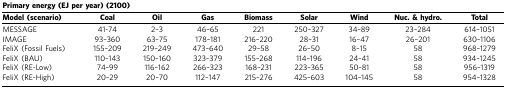
<table><thead><tr><td colspan="9"><b>Primary energy (EJper year) (2100)</b></td></tr><tr><td><b>Model (scenario)</b></td><td><b>Coal</b></td><td><b>Oil</b></td><td><b>Gas</b></td><td><b>Biomass</b></td><td><b>Solar</b></td><td><b>Wind</b></td><td><b>Nuc. &amp; hydro.</b></td><td><b>Total</b></td></tr></thead><tbody><tr><td>MESSAGE</td><td>41-74</td><td>2–3</td><td>46–65</td><td>221</td><td>250–327</td><td>34–89</td><td>23–284</td><td>614–1051</td></tr><tr><td>IMAGE</td><td>93–360</td><td>63–75</td><td>178–181</td><td>216–220</td><td>28–31</td><td>16–47</td><td>26–201</td><td>630–1106</td></tr><tr><td>FeliX (Fossil Fuels)</td><td>155–209</td><td>219–249</td><td>473–640</td><td>29–58</td><td>26–50</td><td>8–15</td><td>58</td><td>968–1279</td></tr><tr><td>FeliX (BAU)</td><td>110–143</td><td>150–160</td><td>323–379</td><td>155–268</td><td>114–196</td><td>24–41</td><td>58</td><td>934–1245</td></tr><tr><td>FeliX (RE-Low)</td><td>74–99</td><td>116–162</td><td>266–323</td><td>168–231</td><td>223–365</td><td>50–81</td><td>58</td><td>956–1319</td></tr><tr><td>FeliX (RE-High)</td><td>20–29</td><td>20–70</td><td>112–147</td><td>215–276</td><td>425–603</td><td>104–145</td><td>58</td><td>954–1328</td></tr></tbody></table>